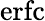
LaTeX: \mathrm{erfc}